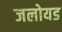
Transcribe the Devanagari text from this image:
जलोयड